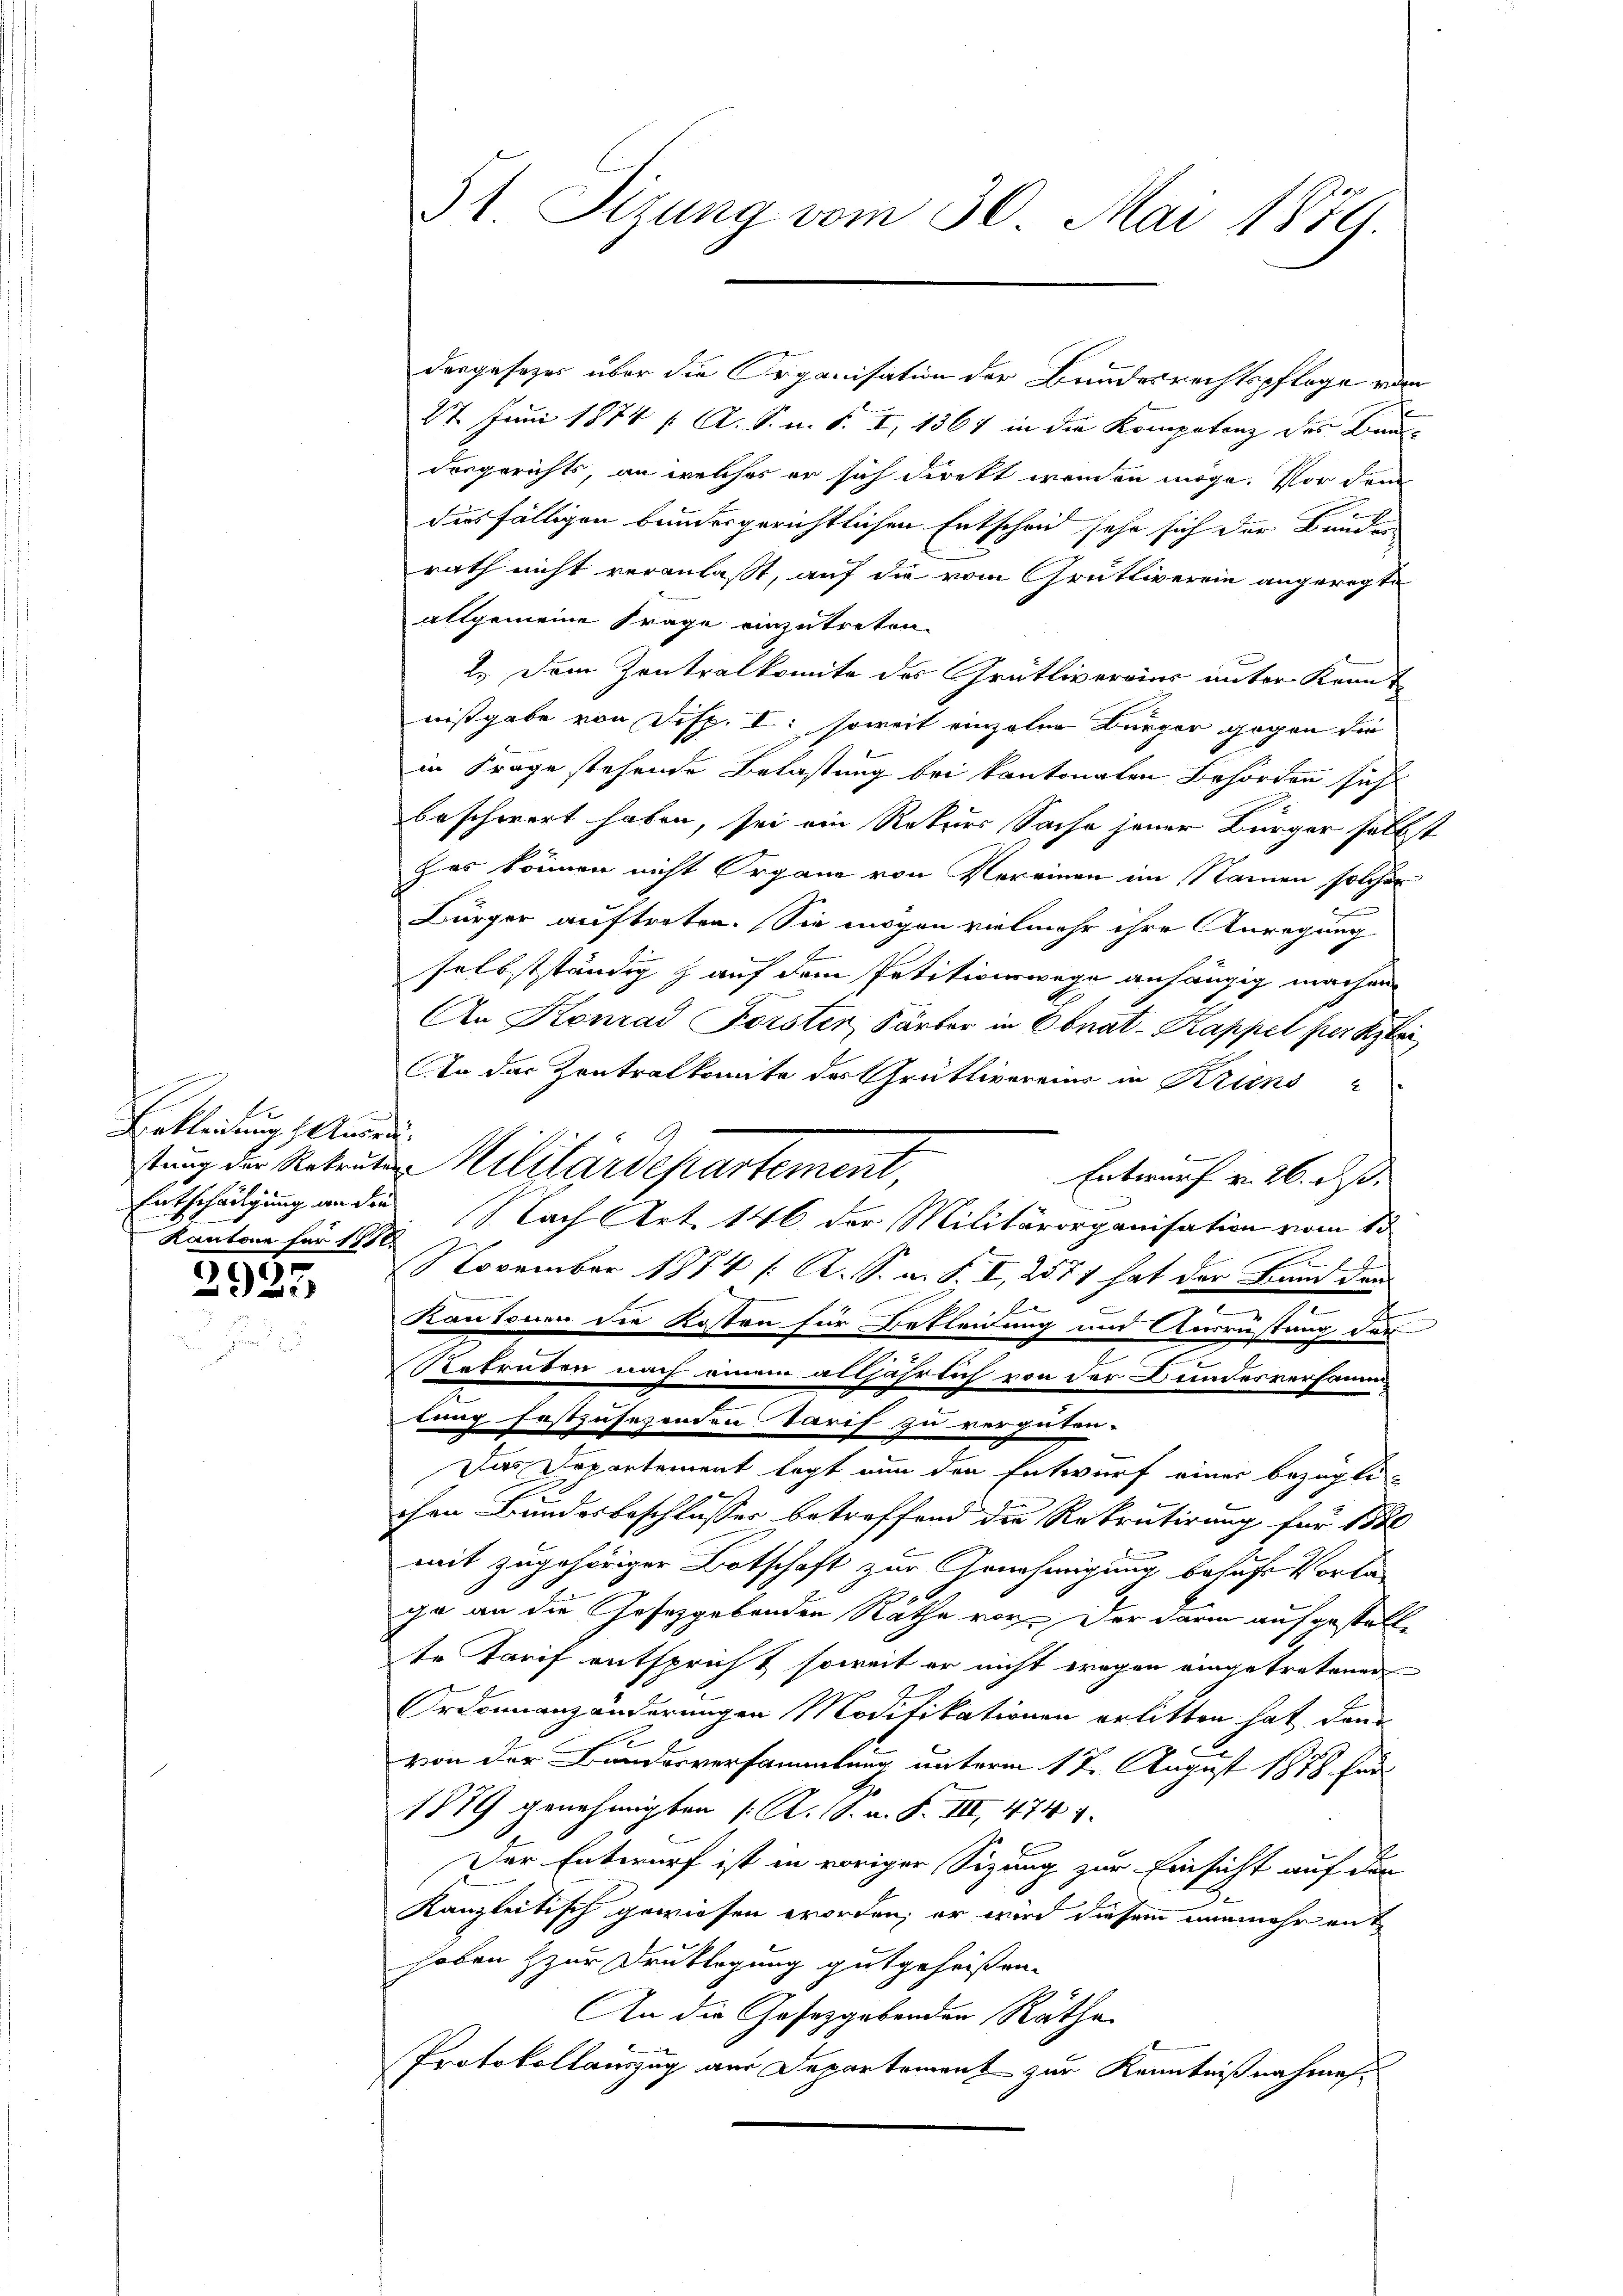
Enkleidung getre
Kantone für 1890

2
25

dergesezes über die Organisation der Bundesrechtspflege von
27. Juni 1874 ( A. S. n. F. I, 1367 in die Kompetenz des Bau-
dergerichts, an welches er sich direkt werden möge. Vor dem
diesfälligen bundesgerichtlichen Entscheid sehr sich der Bunden
rath nicht veranlaßt, auf die vom Grütliverein angeregte
allgemeine Frage einzutreten.
2.) Dem Zentralkomite des Grütliverains unter Krant
nißgabe von Disp. I: soweit einzeler Bürger gegen die
in Frage stehende Belastung bei kantonalen Behörden sich
beschwert haben, sei ein Rekurs Sache jener Bürger selbst
zes können nicht Organe von Vereinen im Namen solcher
Bürger auftreten. Sie mögen vielmehr ihre Anregung
selbstständig & auf dem Petitionswege anhängig machen
An Konrad Forster, Färber in Ebnat-Kappel per klei
An das Zentralkomite des Grütlivereier in Kriens
stung der Retraut Militärdepartement,
Entwurf v. 26. ds.
Entschädigung an die Nach Art. 146 der Militärorganisation vom 8.
e
November 1774 /: A. S. m. S. I, 2571 hat der Bund der
e
Kantonen die Kosten für Bekleidung und Ausrüstung des
Rekruben nach einem alljährlich von der Bundesversammtung festzusehenden Tarif zu vergüten.
Das Departement legt nun den Entwurf einer bezügli-
2.
chen Bundesbeschlusser betreffend die Rekrutirung für 158
n
mit zugehöriger Botschaft zur Genehmigung behufs Vorla
ge an die Gesetzgebenden Räthe vor. Der darin aufgestellte Tarif entspricht soweit er nicht wegen eingetretener
Ordonnanzänderungen Modifikationen erlitten hat, dann
von der Bundesversammlung unterm 17. August 1888 für
.
1879 genehmigten (: A. S. a. S. III 474 f.
Der Entwurf ist in voriger Sizung zur Einsicht auf den
Kanzleitisch gewiesen worden; er wird diesem nunmehr mit
hoben & zur Druklegung gutgeheißen.
An die Gesetzgebenden Räthe
Protokollauszug aus Departement zur Kenntnißnahmen

51. Sitzung vom 30. Mai 1879.